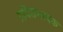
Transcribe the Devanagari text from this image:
द्रविडभाषक